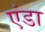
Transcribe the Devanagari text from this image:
एंडा